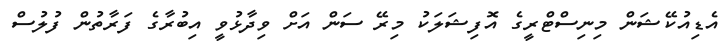
އެޑިއުކޭޝަން މިނިސްޓްރީގެ އޮފިޝަލަކު މިރޭ ސަން އަށް ވިދާޅުވީ އިބުރާގެ ފަރާތުން ފުލުސް